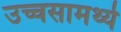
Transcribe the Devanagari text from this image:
उच्चसामर्थ्य